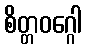
စိတ္တဝဂ္ဂေါ